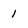
Character: i